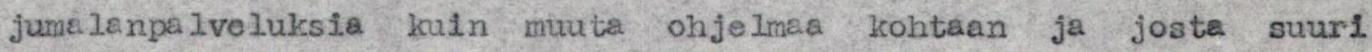
jumalanpalveluksia  kuin muuta ohjelmaa kohtaan ja josta suuri